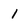
Character: 1